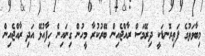
މިބާވަތުގެ ފަތިރޮނޑަކީ ދިރޭމަސް ރާއްޖެއިން ބޭރުކުރާ މީހުން ގިނައިން ހިފާއުޅޭ އަދި ރާއްޖެއިން